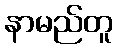
နာမည်တူ